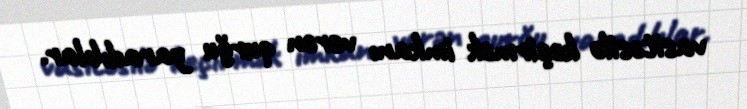
vasitəsilə keçirmək imkanı verən qurğu yaradıblar.